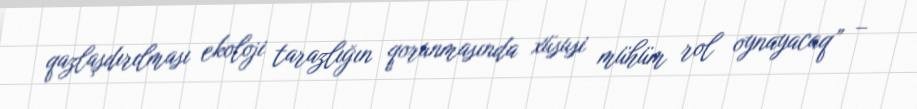
qazlaşdırılması ekoloji tarazlığın qorunmasında xüsusi mühüm rol oynayacaq” –